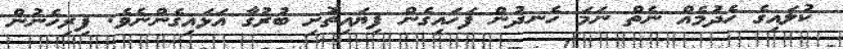
ކުލައިގެ ހެދުމެއް ނެތް ނަމަ ހެނދުން ފަހައިގެން ފިޔައިތޮށި ބުރުގާ އަޅައިގެންނެވެ. ފިރިހެނުން